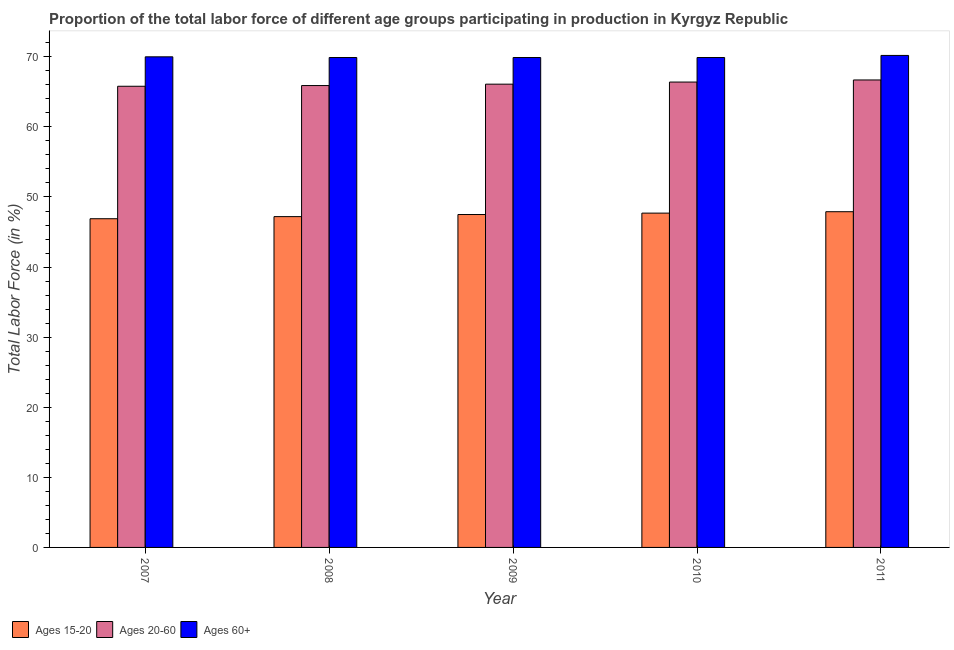
| Year | Ages 15-20 | Ages 20-60 | Ages 60+ |
 | --- | --- | --- | --- |
 | 2007 | 46.9 | 65.8 | 70 |
 | 2008 | 47.2 | 65.9 | 69.9 |
 | 2009 | 47.5 | 66.1 | 69.9 |
 | 2010 | 47.7 | 66.4 | 69.9 |
 | 2011 | 47.9 | 66.7 | 70.2 |